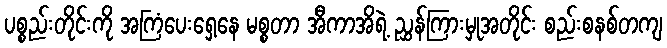
ပစ္စည်းတိုင်းကို အကြံပေးရှေ့နေ မစ္စတာ အီကာအိရဲ့ ညွှန်ကြားမှုအတိုင်း စည်းစနစ်တကျ